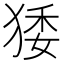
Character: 㹻